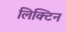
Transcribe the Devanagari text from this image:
लिक्टिन